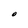
Character: O